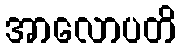
အာလောပတိ